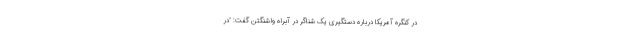
در کنگره آمریکا درباره دستگیری یک شناگر در آبراه واشنگتن گفت: "در